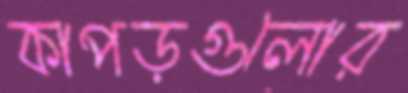
কাপড়গুলোর